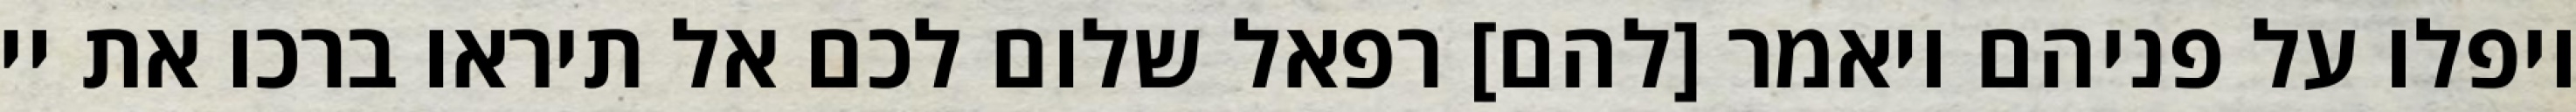
ויפלו על פניהם ויאמר [להם] רפאל שלום לכם אל תיראו ברכו את יי